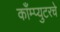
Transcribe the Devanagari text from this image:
काँम्प्युटरचे